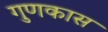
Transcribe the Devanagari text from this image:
गुणकास